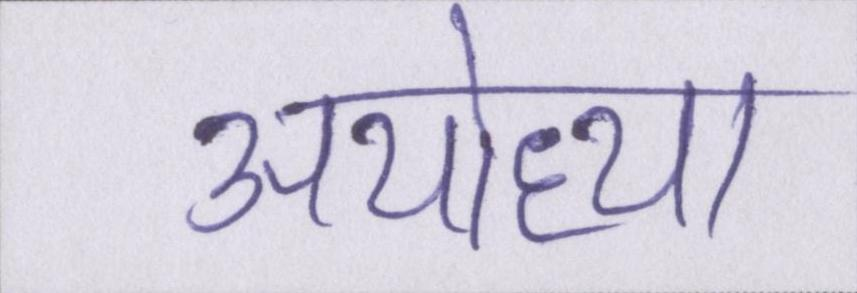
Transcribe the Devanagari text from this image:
अयोध्या